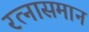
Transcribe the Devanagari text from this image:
रत्नासमान